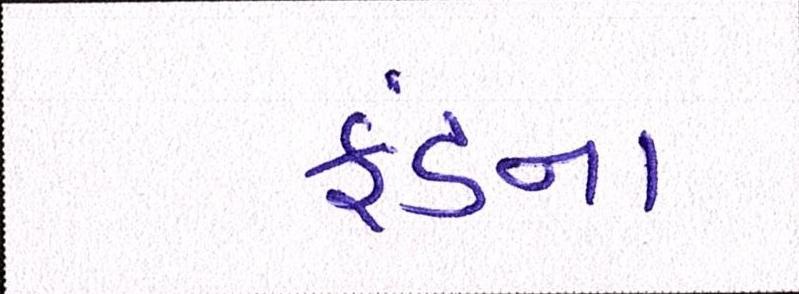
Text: ફંડના